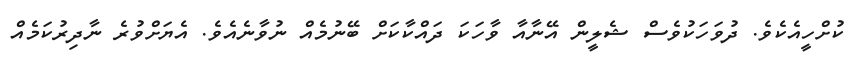
ކުށްހީއެކެވެ. ދުވަހަކުވެސް ޝެލީން އޭނާއާ ވާހަކަ ދައްކާކަށް ބޭނުމެއް ނުވާނެއެވެ. އެޔަށްވުރެ ނާދިރުކަމެއް